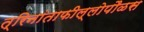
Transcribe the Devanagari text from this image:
त्रिनांताफील्लोपौळस